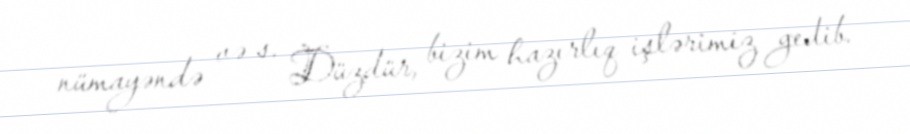
nümayəndə və s. Düzdür, bizim hazırlıq işlərimiz gedib.